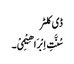
ڈی کلٹر
سُنَّتِ اِبْرَ اھِیْمِیْ۔